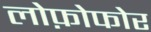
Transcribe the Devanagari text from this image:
लोफ़ोफोर